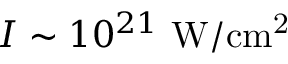
I \sim 1 0 ^ { 2 1 } ~ \mathrm { W / c m ^ { 2 } }